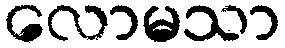
လောမသာ